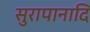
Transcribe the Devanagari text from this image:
सुरापानादि